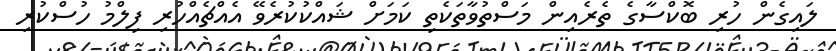
ލައިގެން ހުރި ބޮކްސާގެ ތެރެއިން މަސްތުވާތަކެތި ކަމަށް ޝައްކުކުރެވޭ އެއްޗެއްހުރި ފިލްމު ހުސްކުރި